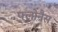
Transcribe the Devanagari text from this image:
फ्लोनैस